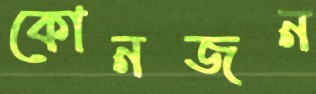
কোনজন